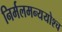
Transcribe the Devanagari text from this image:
निर्मलमन्ययोश्च